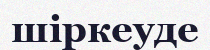
шіркеуде